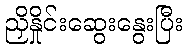
ညှိနှိုင်းဆွေးနွေးပြီး